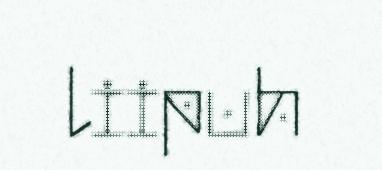
liipuh